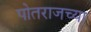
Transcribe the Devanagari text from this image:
पोतराजच्या